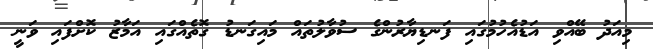
މިއަދު ބޭއްވި އަޑުއެހުމުގައި ފަނޑިޔާރުންގެ ސުވާލުތައް މައިގަނޑު ގޮތެއްގައި އަމާޒު ކޮށްފައި ވަނީ